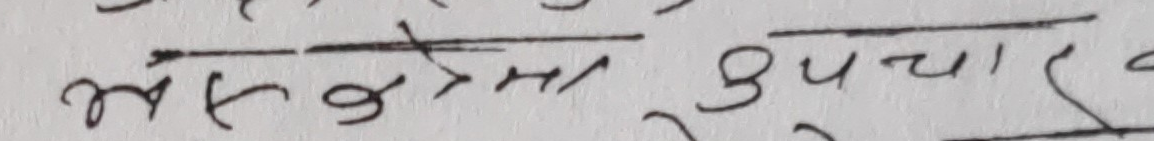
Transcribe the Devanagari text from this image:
मस्तिष्कमा उपचार